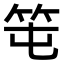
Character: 𥫱